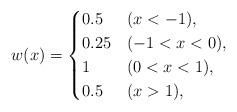
LaTeX: \begin{align*}w(x) = \begin{cases} 0.5 & (x<-1) ,\\0.25 & (-1 <x<0),\\1 & (0<x<1),\\0.5 & (x>1),\end{cases}\end{align*}